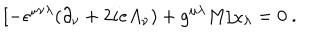
LaTeX: [ - \epsilon ^ { \mu \nu \lambda } ( \partial _ { \nu } + 2 i e A _ { \nu } ) + g ^ { \mu \lambda } M ] \chi _ { \lambda } = 0 ~ .